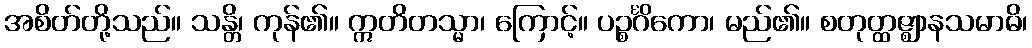
အစိတ်တို့သည်။ သန္တိ၊ ကုန်၏။ ဣတိတသ္မာ၊ ကြောင့်။ ပဉ္စင်္ဂိကော၊ မည်၏။ စတုတ္ထဇ္ဈာနသမာဓိ၊